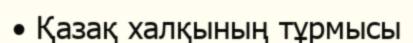
• Қазақ халқының тұрмысы